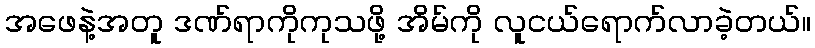
အဖေနဲ့အတူ ဒဏ်ရာကိုကုသဖို့ အိမ်ကို လူငယ်ရောက်လာခဲ့တယ်။